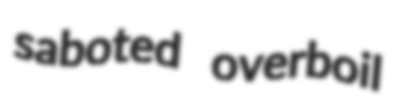
saboted overboil